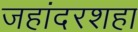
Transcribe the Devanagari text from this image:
जहांदरशहा